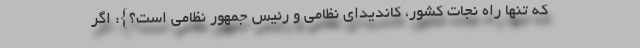
که تنها راه نجات کشور، کاندیدای نظامی و رئیس جمهور نظامی است؟}: اگر